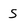
Character: S